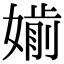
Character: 𡠡